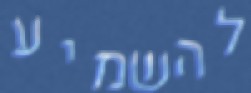
להשמיע